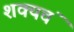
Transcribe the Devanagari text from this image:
शक्यचं